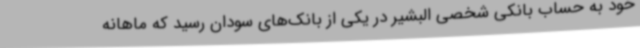
خود به حساب بانکی شخصی البشیر در یکی از بانک‌های سودان رسید که ماهانه